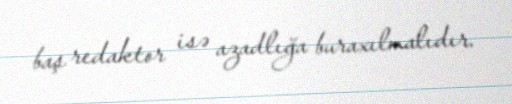
baş redaktor isə azadlığa buraxılmalıdır.